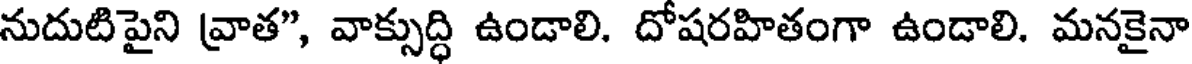
నుదుటిపైని వ్రాత", వాక్సుద్ధి ఉండాలి. దోషరహితంగా ఉండాలి. మనకైనా